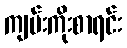
ကျမ်းကိုးစာရင်း